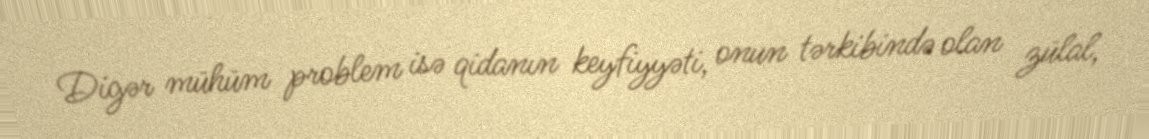
Digər mühüm problem isə qidanın keyfiyyəti, onun tərkibində olan zülal,